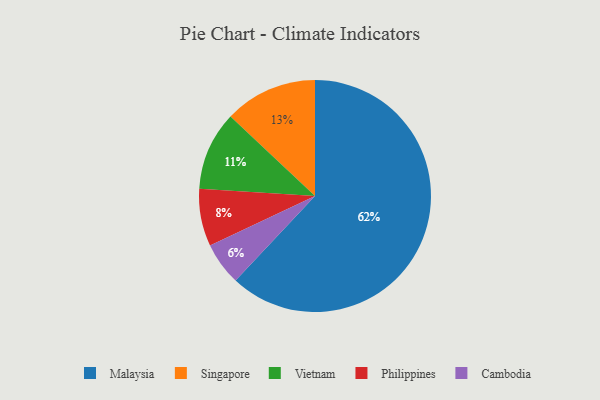
{"axis": {"x": "Category", "y": "Percentage"}, "legend": ["Cambodia", "Malaysia", "Philippines", "Singapore", "Vietnam"], "data": [{"x": "Malaysia", "y": 62, "type": "Malaysia"}, {"x": "Vietnam", "y": 11, "type": "Vietnam"}, {"x": "Singapore", "y": 13, "type": "Singapore"}, {"x": "Cambodia", "y": 6, "type": "Cambodia"}, {"x": "Philippines", "y": 8, "type": "Philippines"}]}